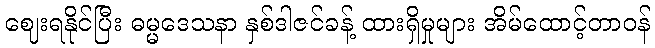
ဈေးရနိုင်ပြီး ဓမ္မဒေသနာ နှစ်ဒါဇင်ခန့် ထားရှိမှုများ အိမ်ထောင့်တာဝန်